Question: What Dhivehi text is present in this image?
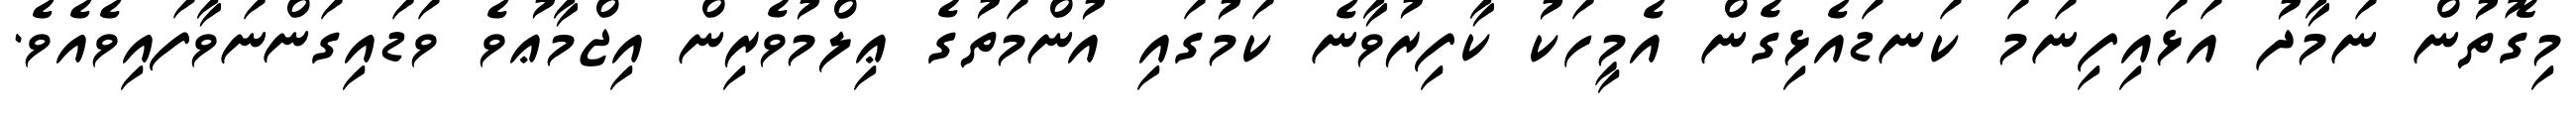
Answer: މިގޮތުން ނަމާދު އަޅައިފިނަމަ ކަނޑައެޅިގެން އެމީހަކު ކާފިރުވާނެ ކަމުގައި އުންމަތުގެ ޢިލްމުވެރިން އިޖްމާޢުވެ ވަޑައިގަންނަވާފައިވެއެވެ.